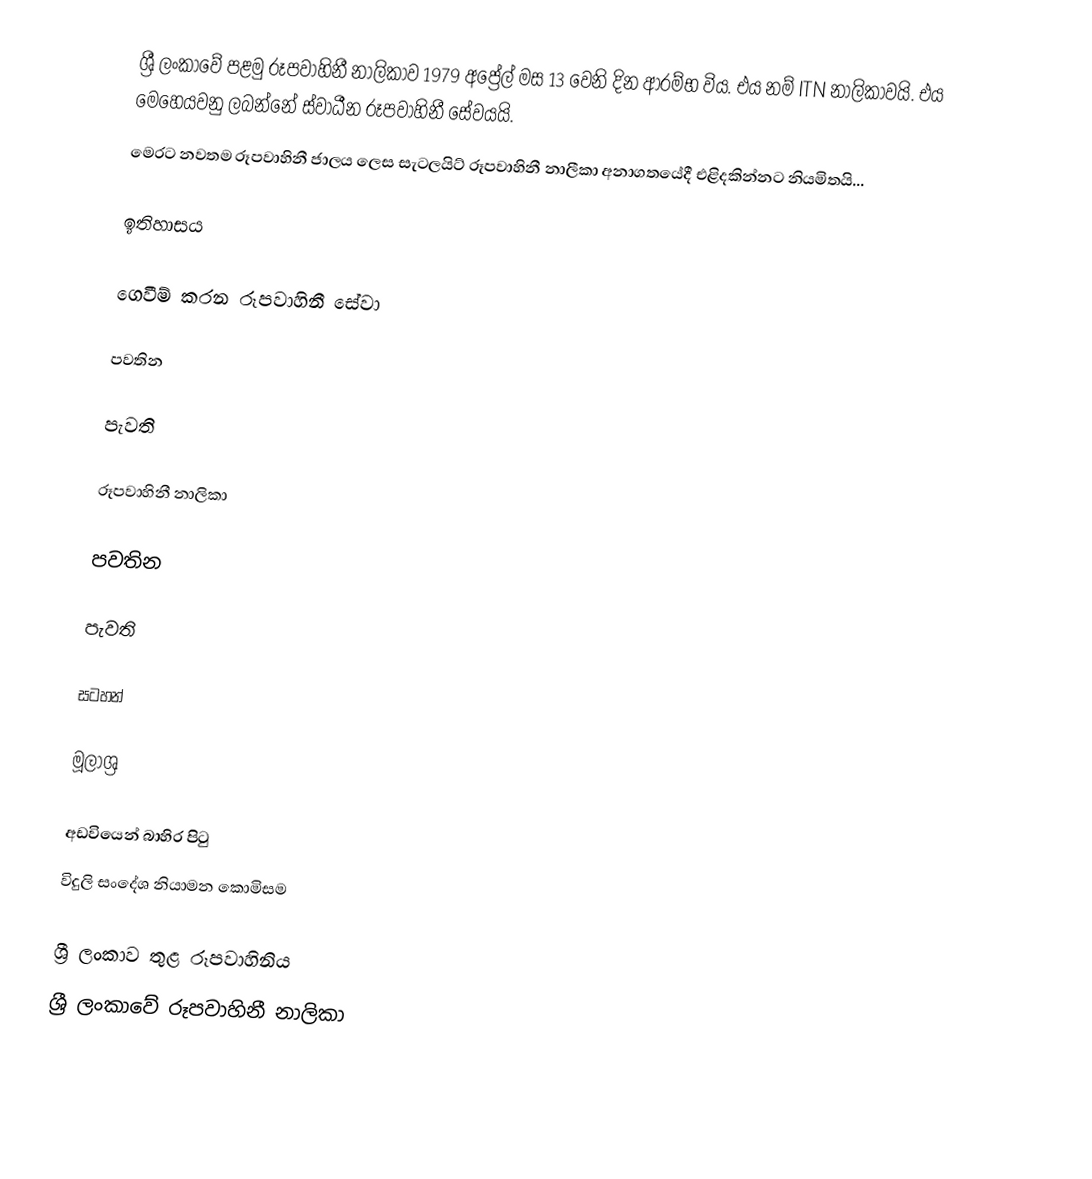
ශ්‍රී ලංකාවේ පළමු රූපවාහිනී නාලිකාව 1979 අප්‍රේල් මස 13 වෙනි දින ආරම්භ විය. එය නම් ITN නාලිකාවයි. එය මෙහෙයවනු ලබන්නේ ස්වාධීන රූපවාහිනී සේවයයි.
මෙරට නවතම රූපවාහිනී ජාලය ලෙස සැටලයිට් රූපවාහිනී නාලීකා අනාගතයේදී එළිදකින්නට නියමිතයි...

ඉතිහාසය

ගෙවීම් කරන රූපවාහිනී සේවා

පවතින

පැවති

රූපවාහිනී නාලිකා

පවතින

පැවති

සටහන්

මූලාශ්‍ර

අඩවියෙන් බාහිර පිටු
 විදුලි සංදේශ නියාමන කොමිසම

ශ්‍රී ලංකාව තුළ රූපවාහිනිය
ශ්‍රී ලංකාවේ රූපවාහිනී නාලිකා